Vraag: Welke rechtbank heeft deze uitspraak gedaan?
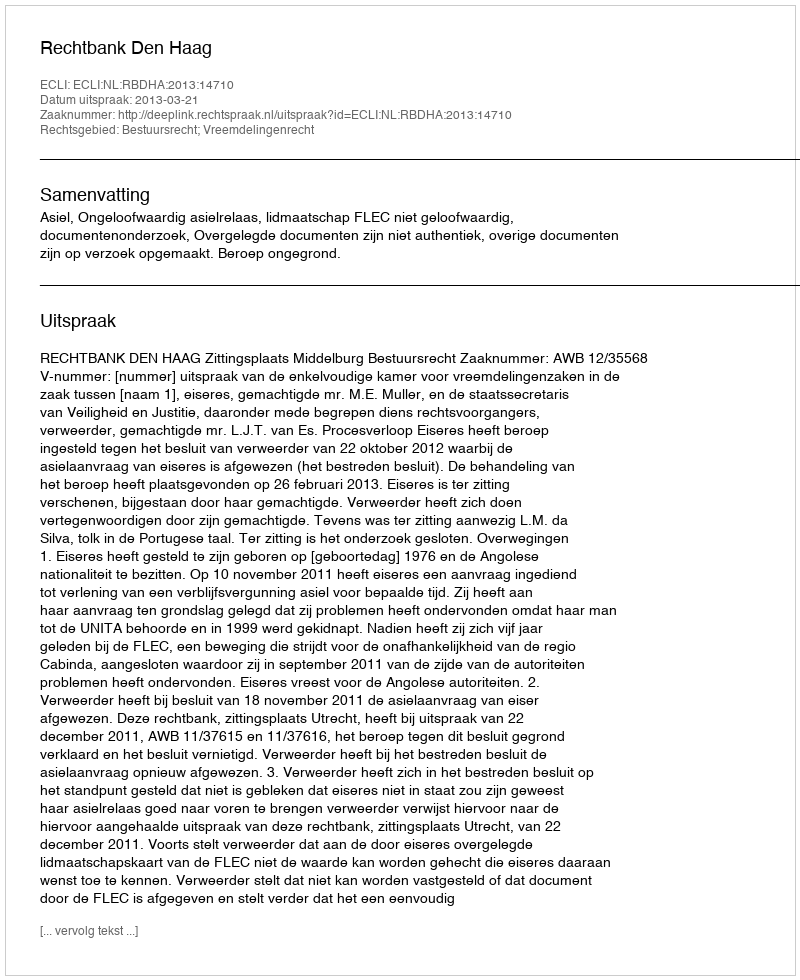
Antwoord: Rechtbank Den Haag